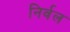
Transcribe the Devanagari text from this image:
निर्वल